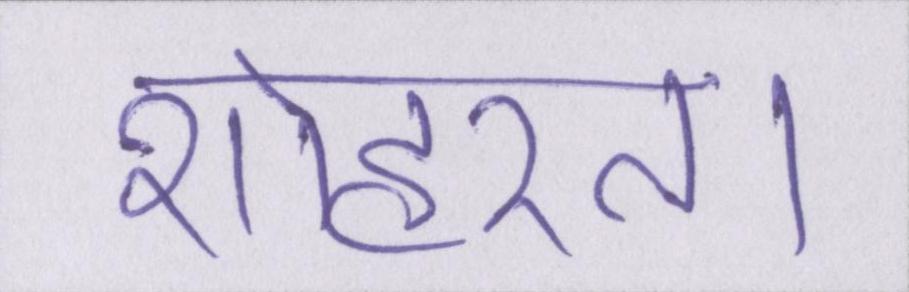
शोहरत।